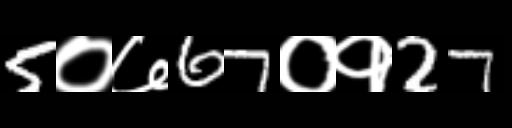
Text: 5०७67०१27